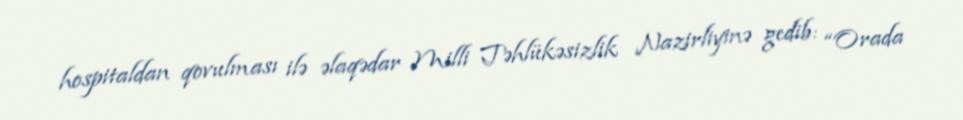
hospitaldan qovulması ilə əlaqədar Milli Təhlükəsizlik Nazirliyinə gedib: “Orada